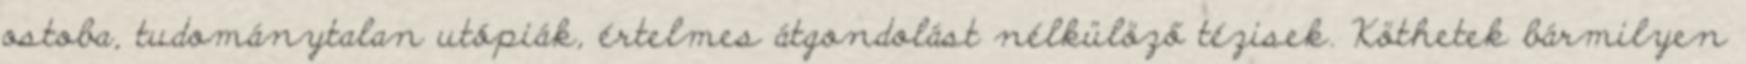
ostoba, tudománytalan utópiák, értelmes átgondolást nélkülöző tézisek. Köthetek bármilyen